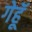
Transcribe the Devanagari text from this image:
गेहॅू